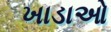
ખાડાઓ